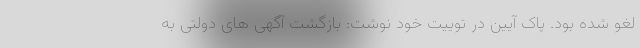
لغو شده بود. پاک آیین در توییت خود نوشت: بازگشت آگهی های دولتی به